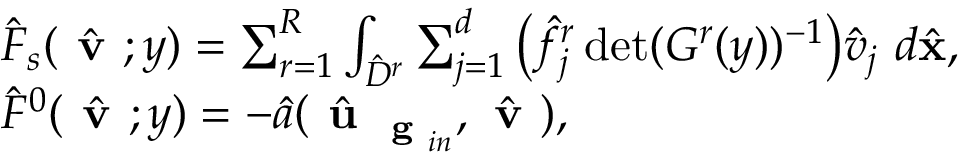
\begin{array} { r l } & { \hat { F } _ { s } ( \hat { \textbf { v } } ; y ) = \sum _ { r = 1 } ^ { R } \int _ { \hat { D } ^ { r } } \sum _ { j = 1 } ^ { d } \big ( \hat { f } _ { j } ^ { r } \operatorname* { d e t } ( G ^ { r } ( y ) ) ^ { - 1 } \big ) \hat { v } _ { j } \ d \hat { \mathbf { x } } , } \\ & { \hat { F } ^ { 0 } ( \hat { \textbf { v } } ; y ) = - \hat { a } ( \hat { \textbf { u } } _ { \textbf { g } _ { i n } } , \hat { \textbf { v } } ) , } \end{array}